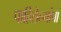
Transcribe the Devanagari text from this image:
पाहिलेल्यांचा